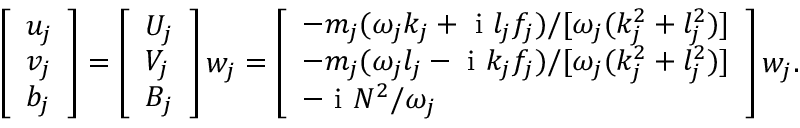
\begin{array} { r } { \left[ \begin{array} { l } { u _ { j } } \\ { v _ { j } } \\ { b _ { j } } \end{array} \right] = \left[ \begin{array} { l } { U _ { j } } \\ { V _ { j } } \\ { B _ { j } } \end{array} \right] w _ { j } = \left[ \begin{array} { l } { - { m _ { j } ( \omega _ { j } k _ { j } + \textnormal { i } l _ { j } f _ { j } ) } { / [ \omega _ { j } ( k _ { j } ^ { 2 } + l _ { j } ^ { 2 } ) ] } } \\ { - { m _ { j } ( \omega _ { j } l _ { j } - \textnormal { i } k _ { j } f _ { j } ) } { / [ \omega _ { j } ( k _ { j } ^ { 2 } + l _ { j } ^ { 2 } ) ] } } \\ { - \textnormal { i } { N ^ { 2 } } { / \omega _ { j } } } \end{array} \right] w _ { j } . } \end{array}